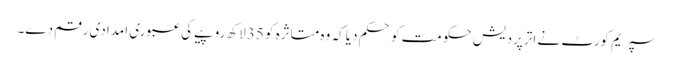
سپریم کورٹ نے اترپردیش حکومت کو حکم دیا کہ وہ متاثرہ کو 35لاکھ روپیے کی عبوری امدادی رقم دے۔